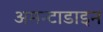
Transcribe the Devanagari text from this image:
अमन्टाडाइन